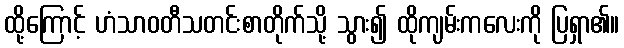
ထို့ကြောင့် ဟံသာဝတီသတင်းစာတိုက်သို့ သွား၍ ထိုကျမ်းကလေးကို ပြရှာ၏။